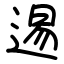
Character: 逷